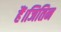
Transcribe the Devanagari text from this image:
हैं।जितिन